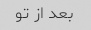
بعد از تو